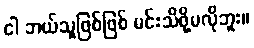
ငါ ဘယ်သူဖြစ်ဖြစ် မင်းသိဖို့မလိုဘူး။